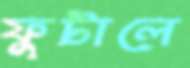
ফুটালে